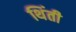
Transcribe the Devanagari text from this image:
थिंती